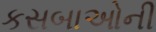
કસબાઓની